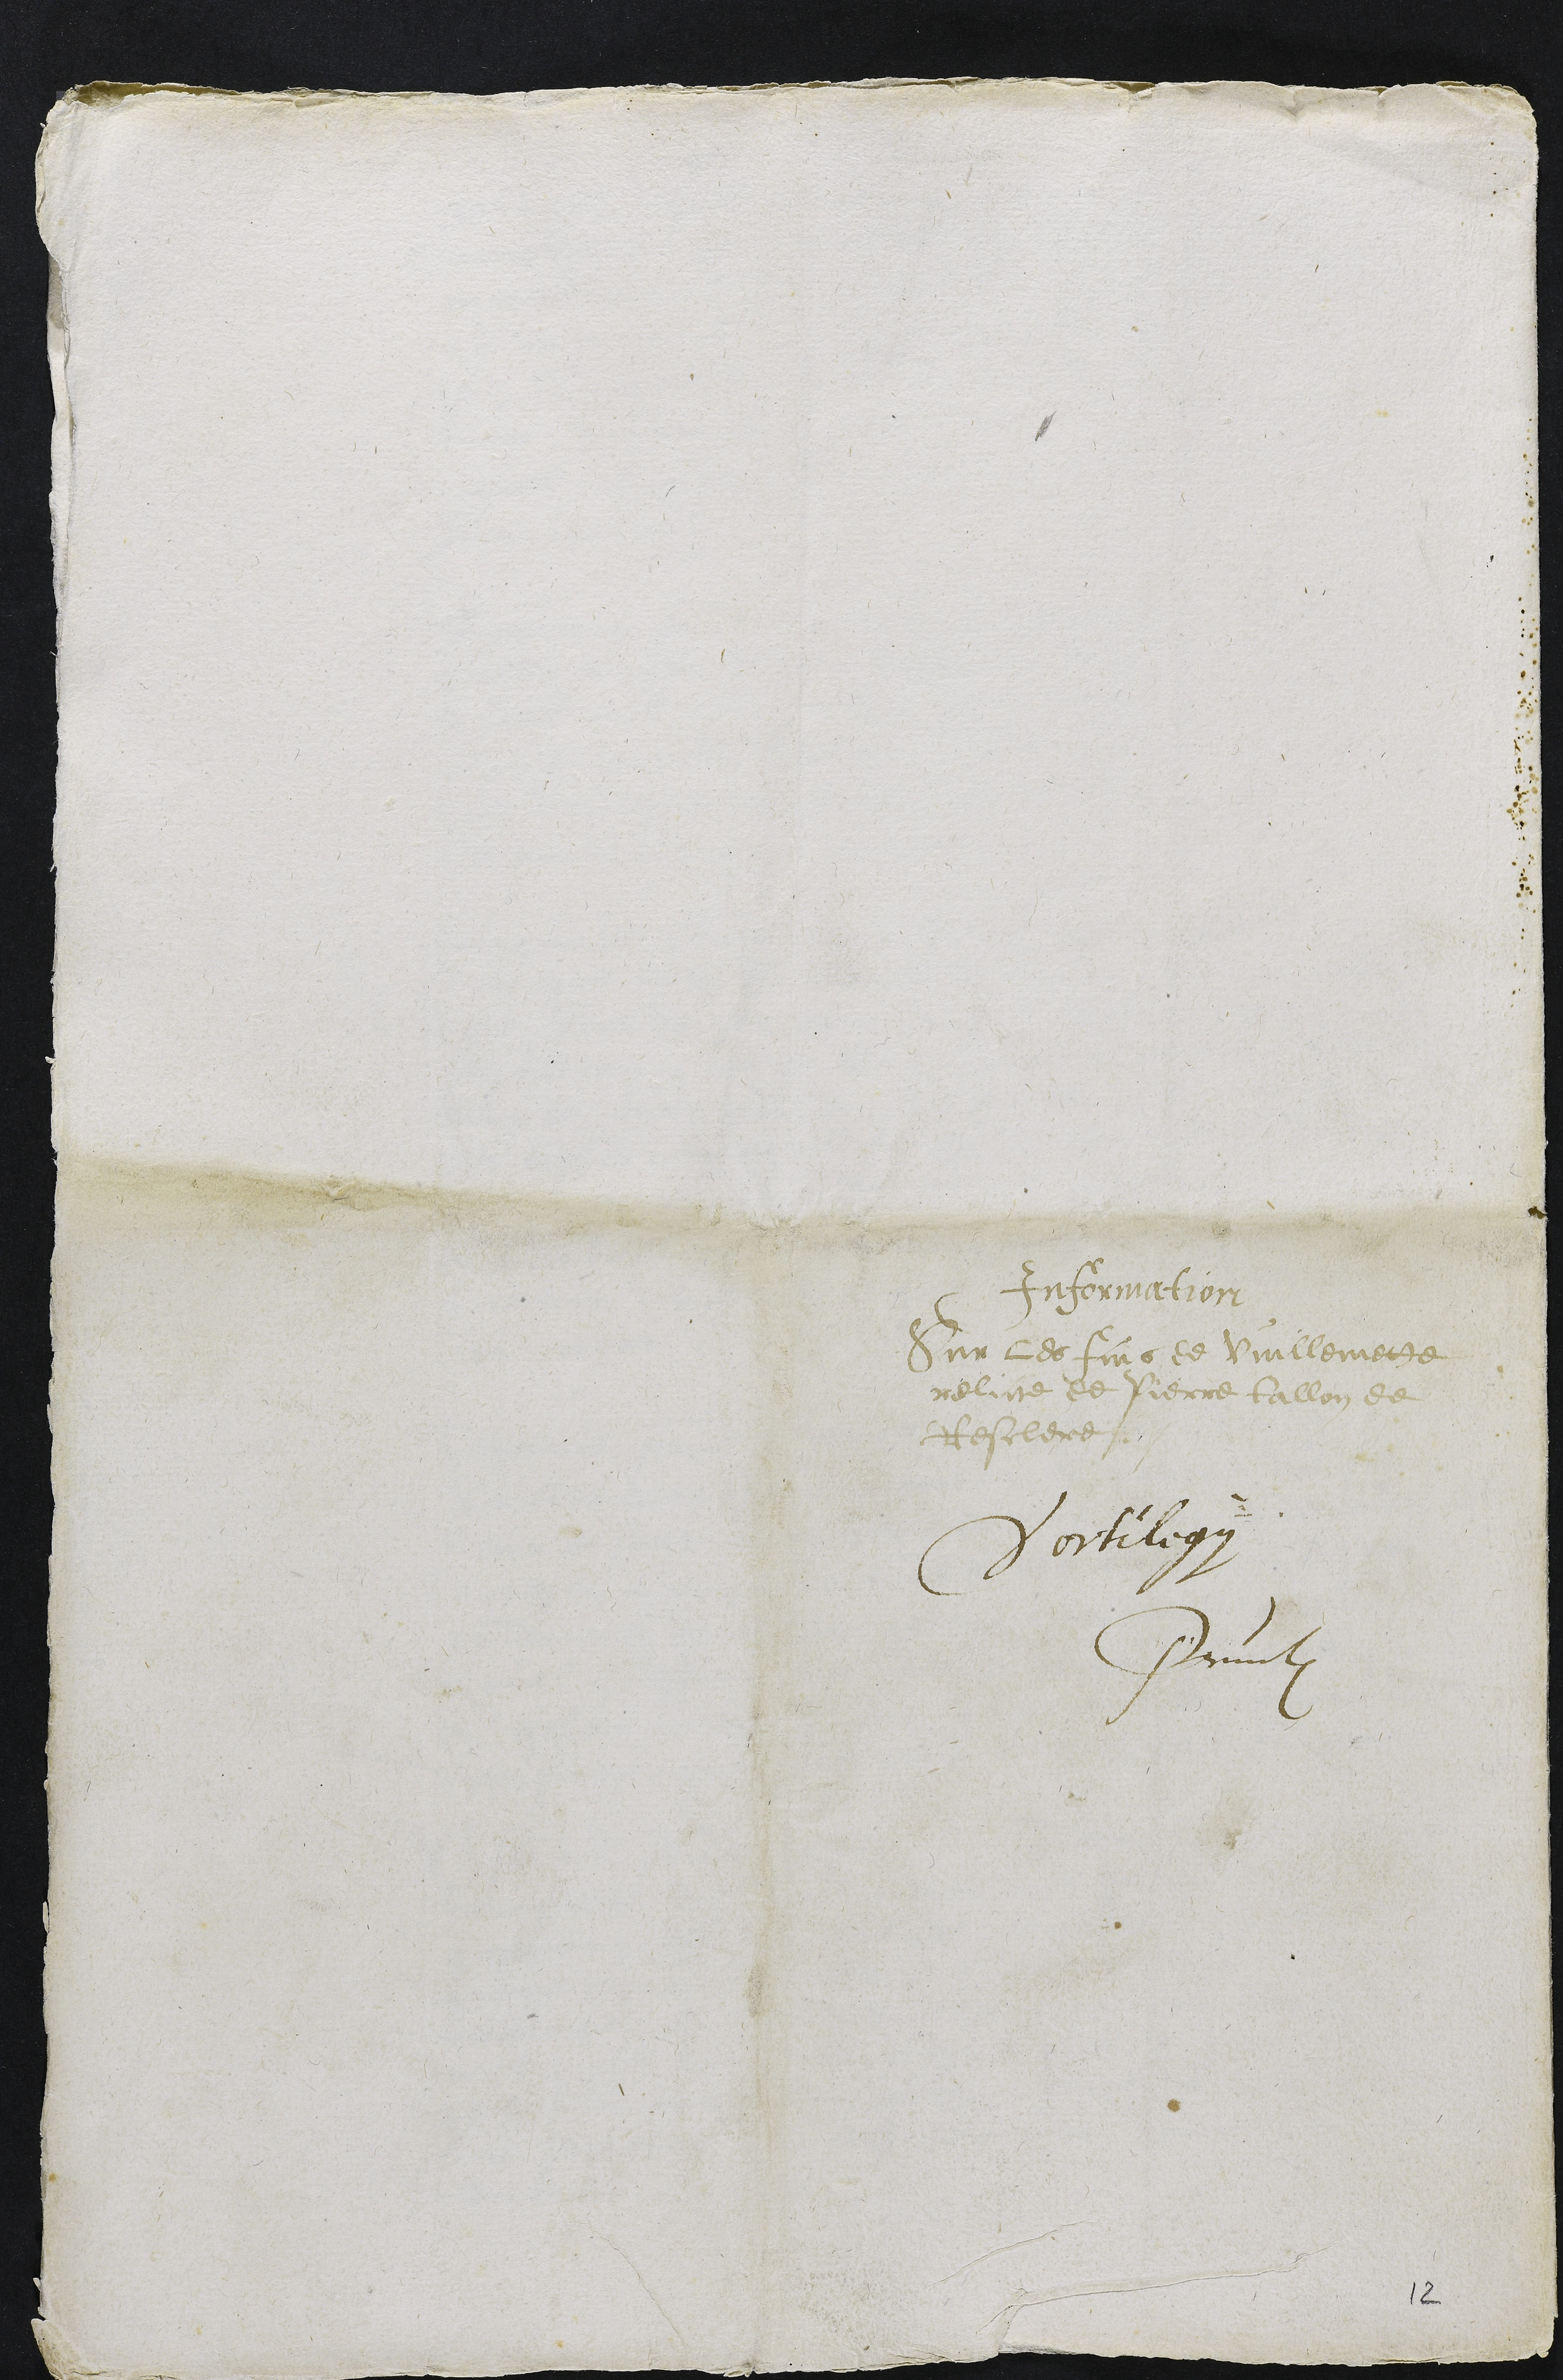
Information
Sur les fais de Vuillemette
relicte de Pierre Tallon de
Resclere.
Sortilegii
Pruntrut